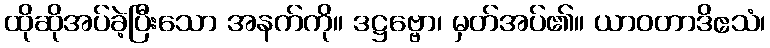
ထိုဆိုအပ်ခဲ့ပြီးသော အနက်ကို။ ဒဋ္ဌဗ္ဗော၊ မှတ်အပ်၏။ ယာဝတာဒိဧသံ၊